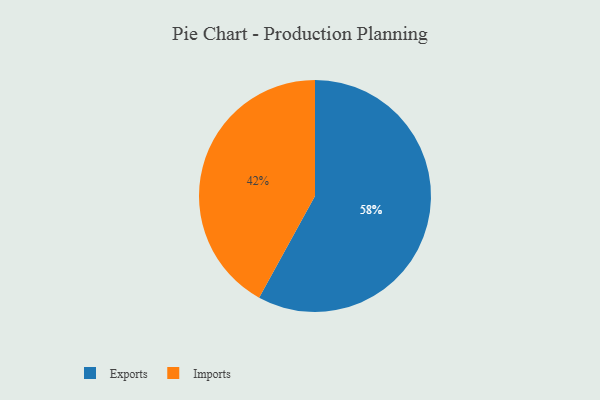
{"axis": {"x": "Category", "y": "Percentage"}, "legend": ["Exports", "Imports"], "data": [{"x": "Imports", "y": 42, "type": "Imports"}, {"x": "Exports", "y": 58, "type": "Exports"}]}